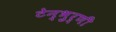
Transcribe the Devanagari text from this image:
टेन्भुर्णी